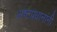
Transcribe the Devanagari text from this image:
अष्टप्रधानांनी